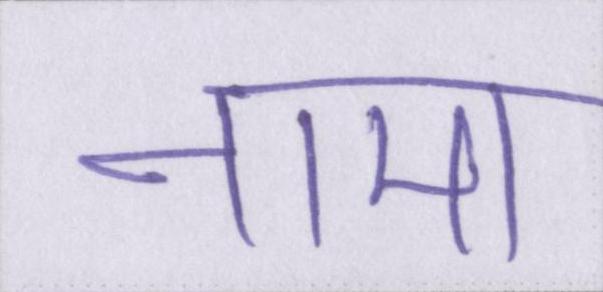
नामा